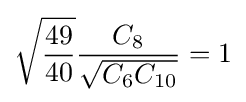
{\sqrt {\frac {49}{40}}}{\frac {C_{8}}{\sqrt {C_{6}C_{10}}}}=1